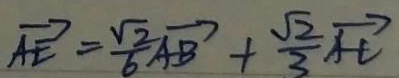
\overrightarrow { A E } = \frac { \sqrt { 2 } } { 6 } \overrightarrow { A B } + \frac { \sqrt { 2 } } { 3 } \overrightarrow { A C }